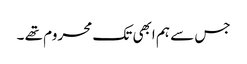
جس سے ہم ابھی تک محروم تھے ۔